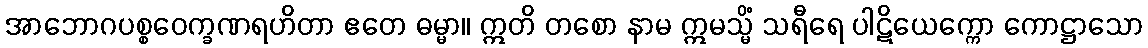
အာဘောဂပစ္စဝေက္ခဏရဟိတာ ဧတေ ဓမ္မာ။ ဣတိ တစော နာမ ဣမသ္မိံ သရီရေ ပါဋိယေက္ကော ကောဋ္ဌာသော